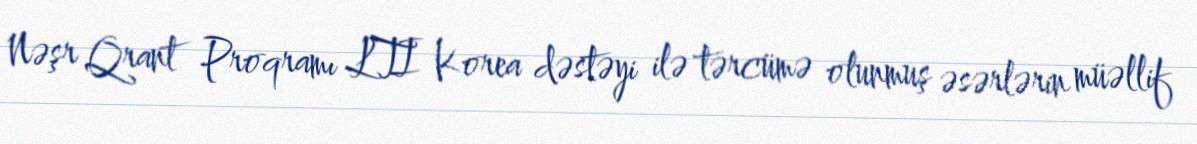
Nəşr Qrant Proqramı LTI Korea dəstəyi ilə tərcümə olunmuş əsərlərin müəllif